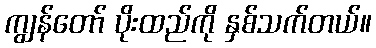
ကျွန်တော် ပိုးထည်ကို နှစ်သက်တယ်။